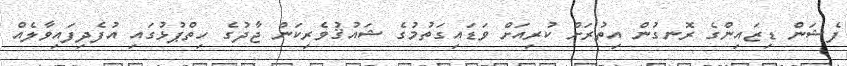
ފެޝަން ޑިޒައިންގެ ރޮނގުން އިތުރަށް ކުރިއަށް ވަޑައިގަތުމުގެ ޝައުޤުވެރިކަން ޖާދުގެ ހިތްޕުޅުގައި އުފެދިފައިވާލެއް